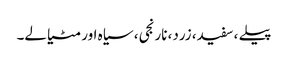
پیلے ، سفید، زرد، نارنجی، سیاہ اور مٹیالے۔